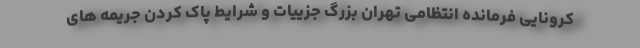
کرونایی فرمانده انتظامی تهران بزرگ جزییات و شرایط پاک کردن جریمه های